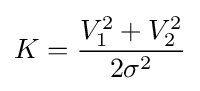
K={\frac {V_{1}^{2}+V_{2}^{2}}{2\sigma ^{2}}}